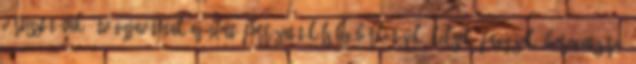
vértisztítónak, étvágyjavítónak ajánlott. Forrázatát külsőleg bőrkiütések, kelések, fagyások, borogatására,